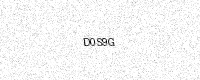
Text: D0S9G